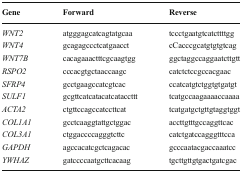
| Gene | Forward | Reverse |
 | --- | --- | --- |
 | WNT2 | atgggagcatcagtatgcaa | tccctgaatgtcatcttttgg |
 | WNT4 | gcagagccctcatgaacct | cCacccgcatgtgtgtcag |
 | WNT7B | cacagaaactttcgcaagtgg | ggctaggccaggaatcttgtt |
 | RSPO2 | cccacgtgctaaccaagc | catctctccgccacgaac |
 | SFRP4 | gcctgaagccatcgtcac | ccatcatgtctggtgtgatgt |
 | SULF1 | gcgttcatcatacatcataccttt | tcatgccaagaaaaccaaaa |
 | ACTA2 | ctgttccagccatccttcat | tcatgatgctgttgtaggtggt |
 | COL1A1 | gcctcaaggtattgctggac | accttgtttgccaggttcac |
 | COL3A1 | ctggaccccagggtcttc | catctgatccagggtttcca |
 | GAPDH | agccacatcgctcagacac | gcccaatacgaccaaatcc |
 | YWHAZ | gatccccaatgcttcacaag | tgcttgttgtgactgatcgac |